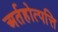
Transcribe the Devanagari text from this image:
अर्तहोत्पत्ति